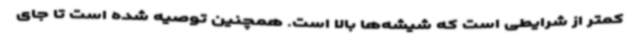
کمتر از شرایطی است که شیشه‌ها بالا است. همچنین توصیه شده است تا جای